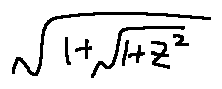
\sqrt { 1 + \sqrt { 1 + z ^ { 2 } } }